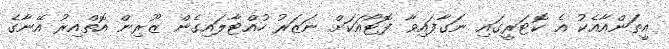
އީތަންއާއެކު އެ ކޮޓަރީގައި ނަގާފައިވާ ފޮޓޯއަކަށް ނަޒަރު ހުއްޓާލައިގެން ޒޫރިން އޮތްއިރު އޭނާގެ